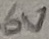
Text: 6V